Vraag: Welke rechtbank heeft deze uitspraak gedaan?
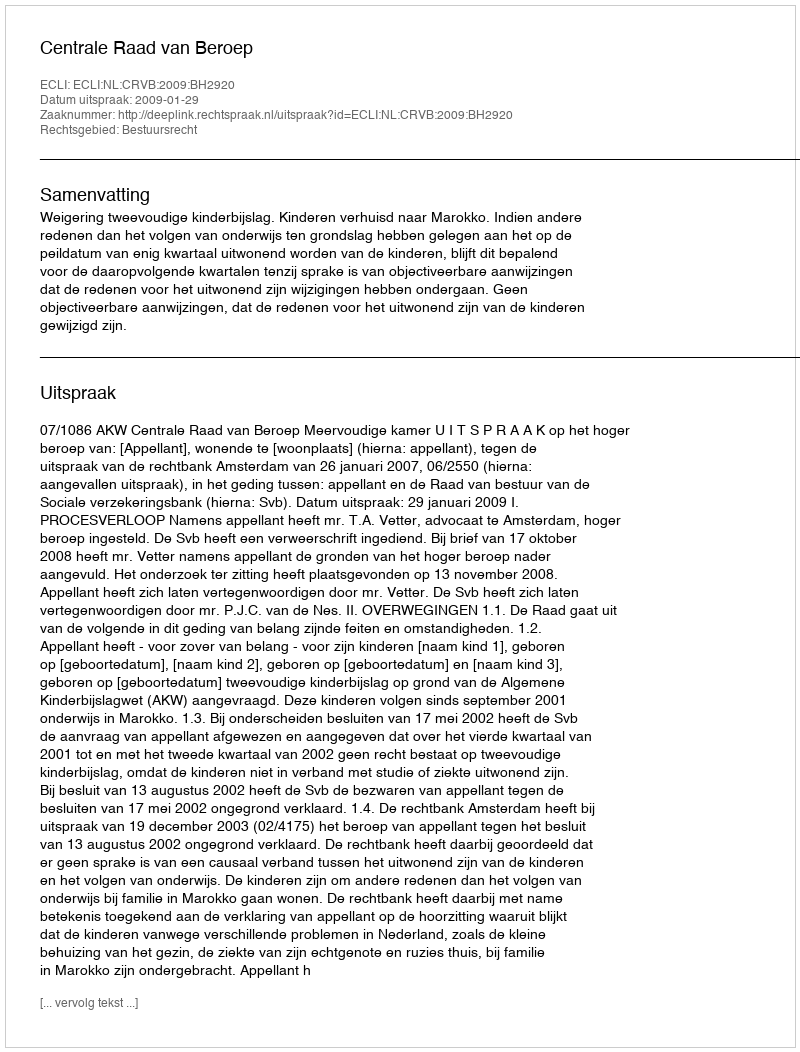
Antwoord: Centrale Raad van Beroep